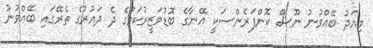
މިއަދު ބޭއްވުނު ނޫސް ކޮންފަރެންސަކީ އޭނާގެ ބޮޑުވަޒީރުކަމުގެ ދެ ދައުރުގެ ތެރޭގައި ބޭއްވުނު